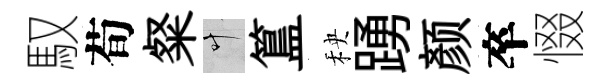
馭荀粲叶簋秧踴颜卒惙